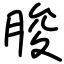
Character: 脧